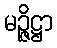
မဉ္ဇိဋ္ဌာ